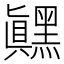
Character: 𬹙